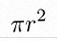
\pi r^2